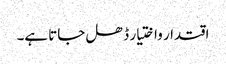
اقتدار واختیار ڈھل جاتا ہے۔